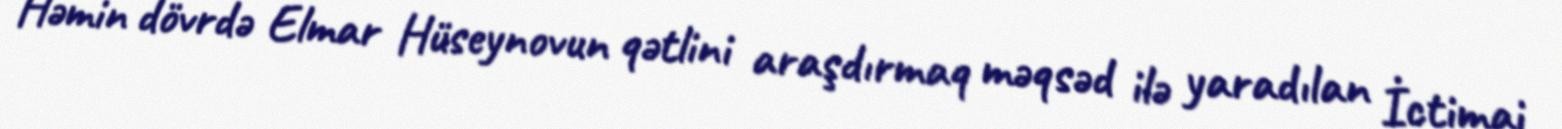
Həmin dövrdə Elmar Hüseynovun qətlini araşdırmaq məqsəd ilə yaradılan İctimai